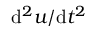
{ \mathrm { d } ^ { 2 } u } / { \mathrm { d } t ^ { 2 } }